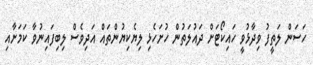
ހަސަން ލަތީފު ވިދާޅުވީ ހައިކޯޓަށް ދައުލަތުން ހުށަހެޅި ލިޔެކިޔުންތައް އަދިވެސް ލިބިފައިނުވާ ކަމަށާއި